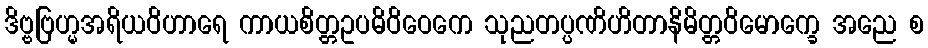
ဒိဗ္ဗဗြဟ္မအရိယဝိဟာရေ ကာယစိတ္တဥပဓိဝိဝေကေ သုညတပ္ပဏိဟိတာနိမိတ္တဝိမောက္ခေ အညေ စ